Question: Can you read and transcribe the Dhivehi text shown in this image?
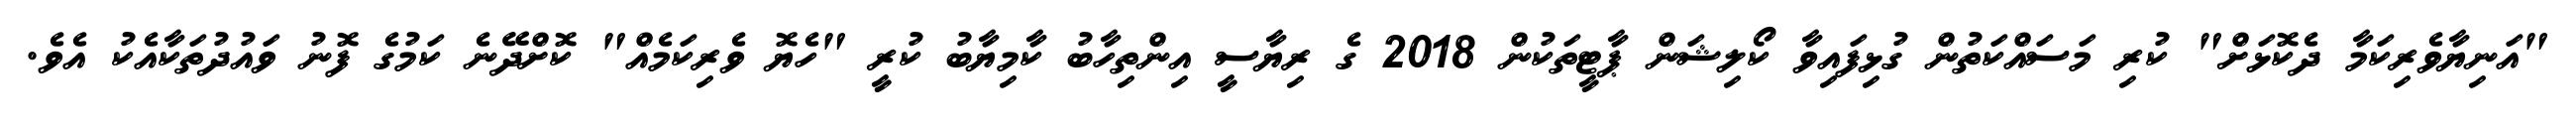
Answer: "އަނިޔާވެރިކަމާ ދެކޮޅަށް" ކުރި މަސައްކަތުން ގުޅިފައިވާ ކޯލިޝަން ޕާޓީތަކުން 2018 ގެ ރިޔާސީ އިންތިހާބު ކާމިޔާބު ކުރީ "ހެޔޮ ވެރިކަމެއް" ކޮށްދޭނެ ކަމުގެ ފޮނު ވައުދުތަކާއެކު އެވެ.